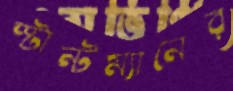
স্টান্টম্যানের